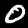
Label: 0